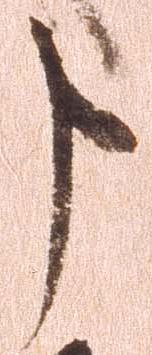
申